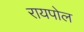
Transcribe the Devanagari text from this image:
रायपोल